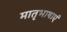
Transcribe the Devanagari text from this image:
मातृभाषाएं